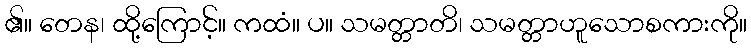
၏။ တေန၊ ထို့ကြောင့်။ ကထံ။ ပ။ သမတ္တာတိ၊ သမတ္တာဟူသောစကားကို။